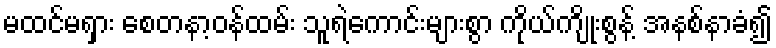
မထင်မရှား စေတနာ့ဝန်ထမ်း သူရဲကောင်းများစွာ ကိုယ်ကျိုးစွန့် အနစ်နာခံ၍